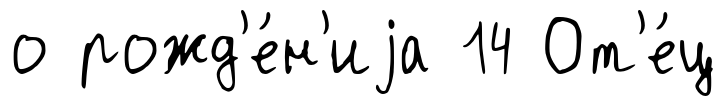
о рожд'е́н'иjа 14 От'е́ц